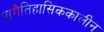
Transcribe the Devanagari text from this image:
प्रागैतिहासिककालीन